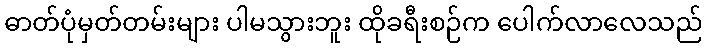
ဓာတ်ပုံမှတ်တမ်းများ ပါမသွားဘူး ထိုခရီးစဉ်က ပေါက်လာလေသည်